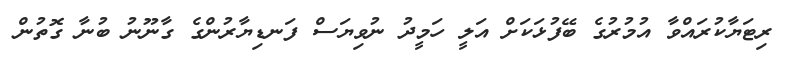
ރިޓަޔާކުރައްވާ އުމުރުގެ ބޭފުޅަކަށް އަލީ ހަމީދު ނުވިޔަސް ފަނޑިޔާރުންގެ ގާނޫނު ބުނާ ގޮތުން